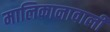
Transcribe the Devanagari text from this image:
मालिकानावाली